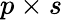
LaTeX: p\times s